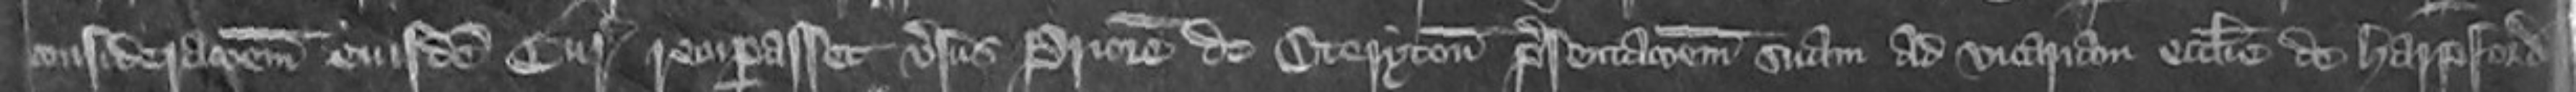
considerationem eiusdem Curie recuperasset versus Priorem de Oteryton presentationem suam ad vicariam ecclesie de Harpford